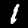
Label: 1